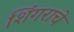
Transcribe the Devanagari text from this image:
शिंगराचे